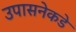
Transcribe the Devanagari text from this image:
उपासनेकडे